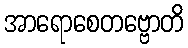
အာရောစေတဗ္ဗောတိ